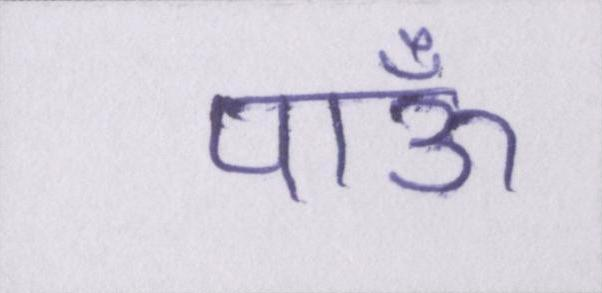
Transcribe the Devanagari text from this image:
पाऊँ